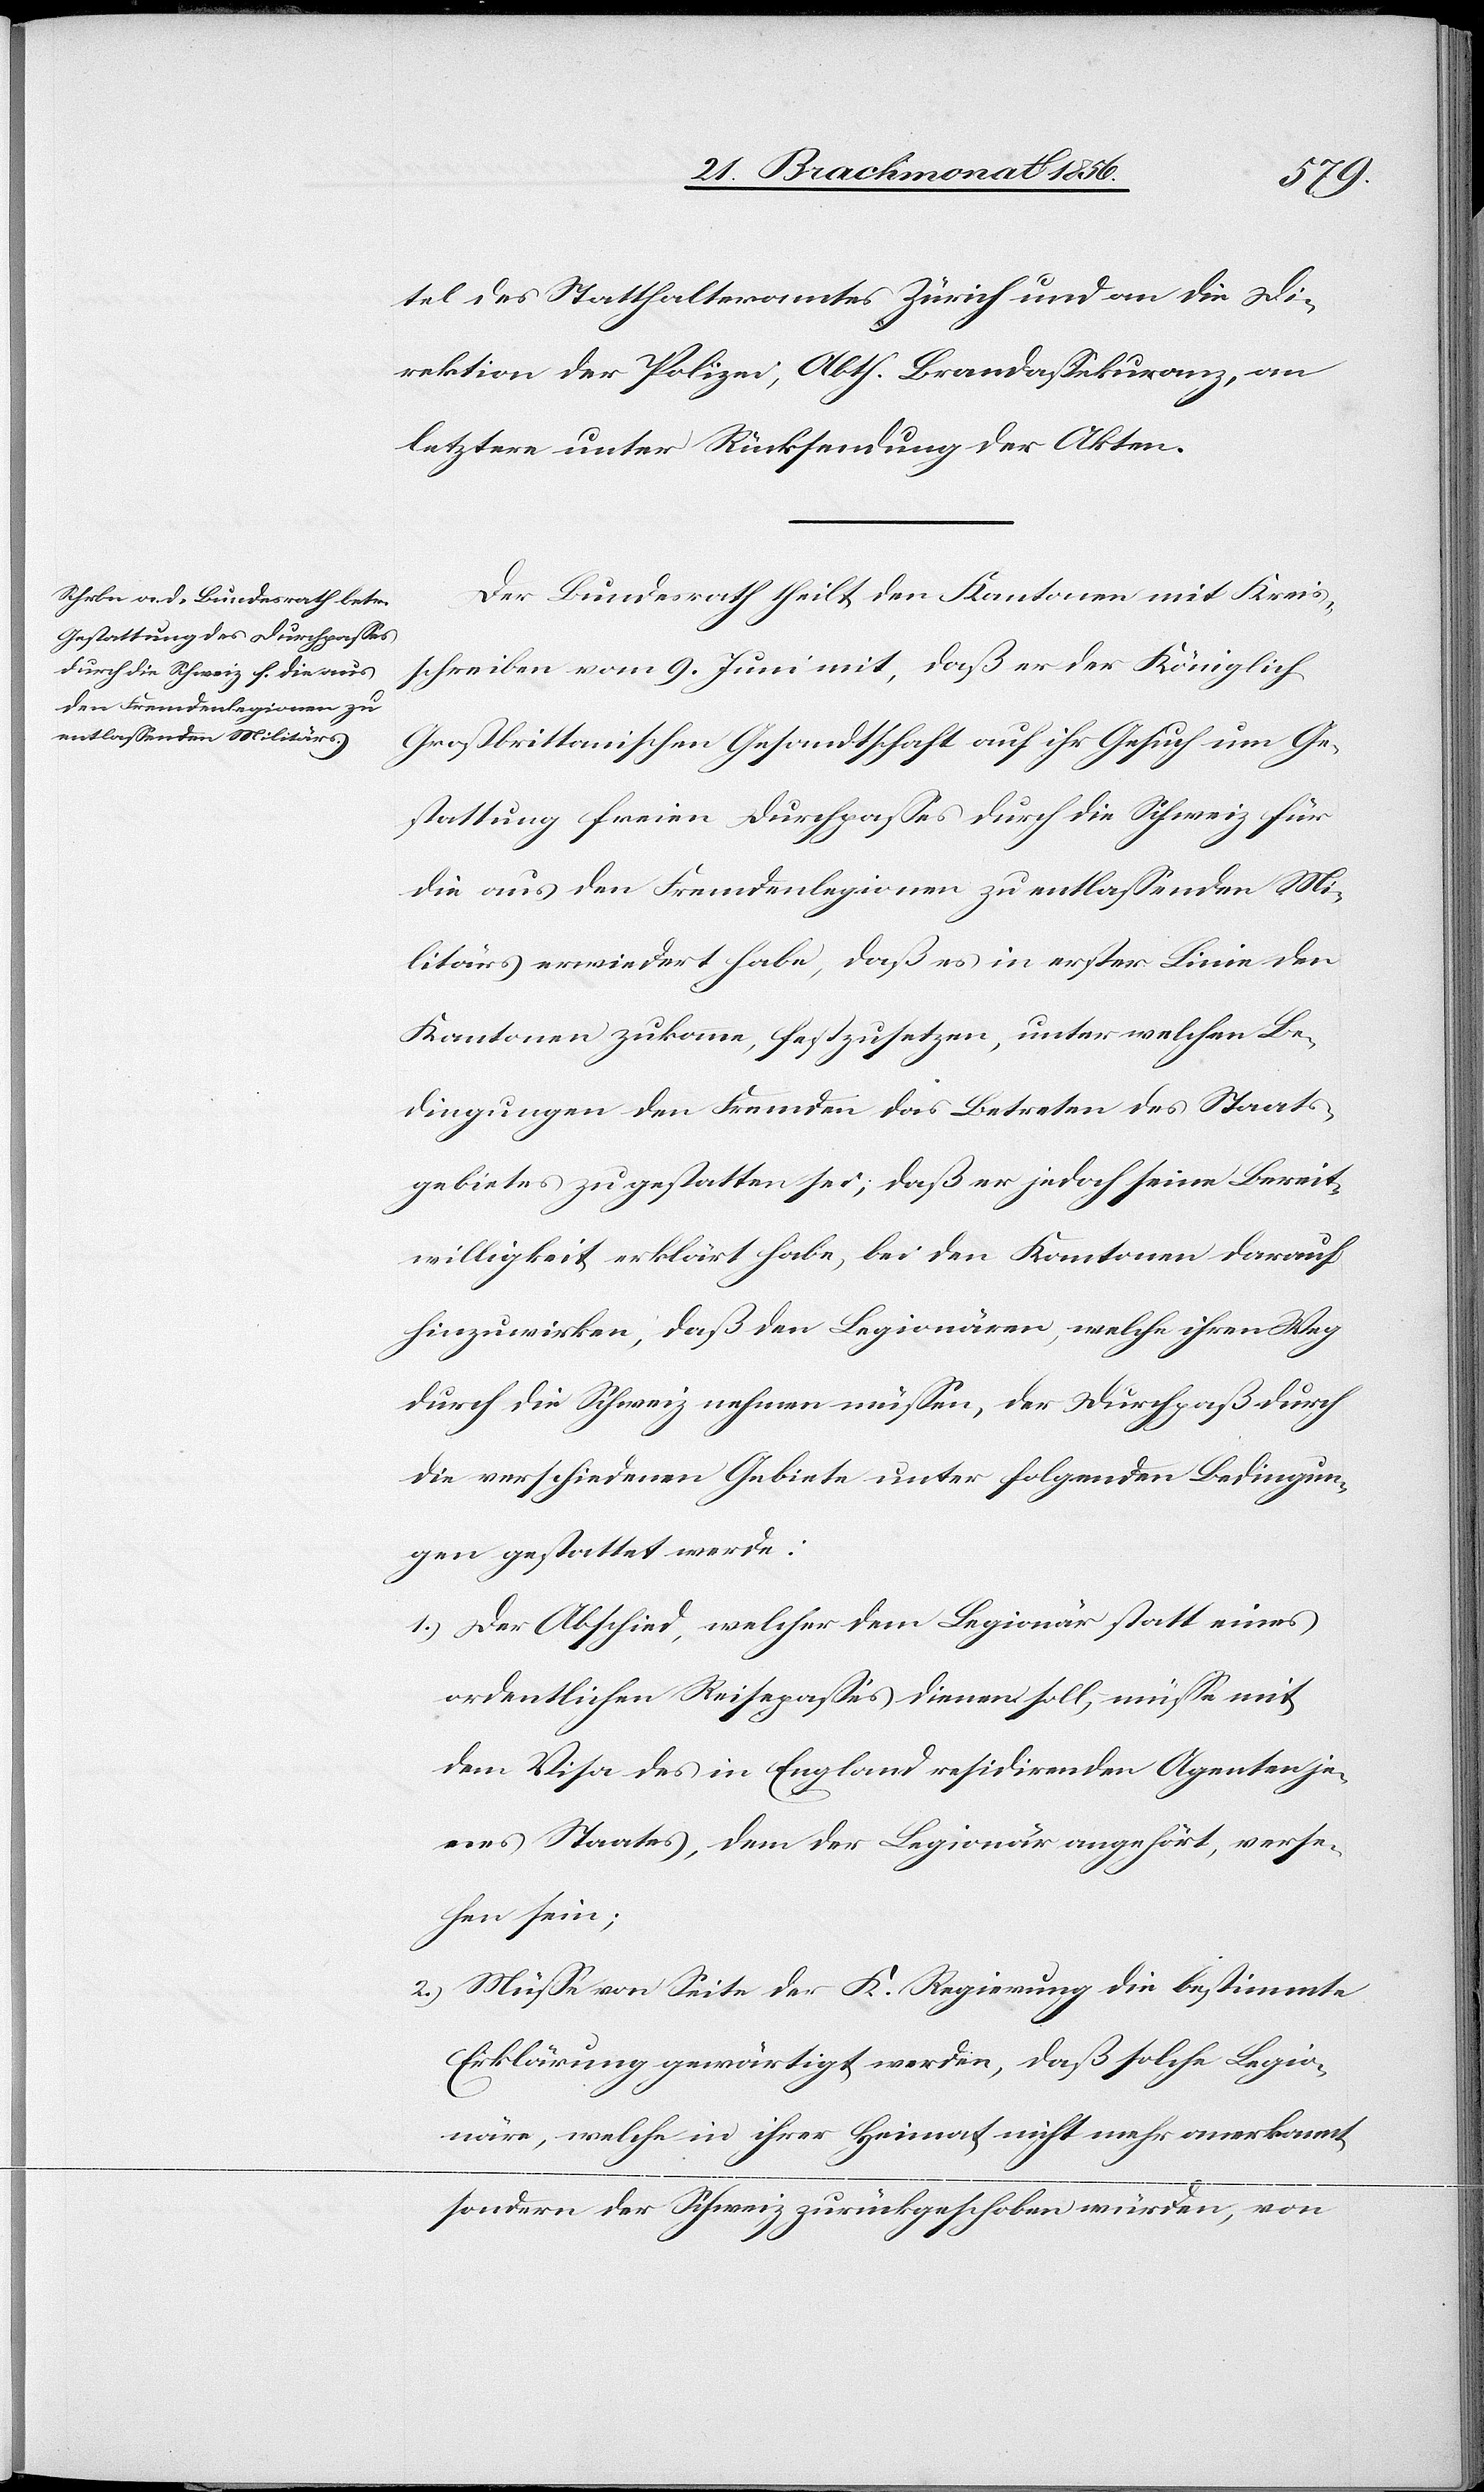
tel des Statthalteramtes Zürich und an die Di¬
rektion der Polizei, Abth. Brandassekuranz, an
letztere unter Rücksendung der Akten.
Der Bundesrath theilt den Kantonen mit Kreis¬
schreiben vom 9. Juni mit, daß er der Königlich
Großbrittanischen Gesandtschaft auf ihr Gesuch um Ge¬
stattung freien Durchpasses durch die Schweiz für
die aus den Fremdenlegionen zu entlassenden Mi¬
litärs erwiedert habe, daß es in erster Linie den
Kantonen zukomme, festzusetzen, unter welchen Be¬
dingungen den Fremden das Betreten des Staats¬
gebietes zu gestatten sei; daß er jedoch seine Bereit¬
willigkeit erklärt habe, bei den Kantonen darauf
hinzuwirken, daß den Legionären, welche ihren Weg
durch die Schweiz nehmen müssen, der Durchpaß durch
die verschiedenen Gebiete unter folgenden Bedingun¬
gen gestattet werde.
1.) Der Abschied, welcher dem Legionäre statt eines
ordentlichen Reisepasses dienen soll, müsse mit
dem Visa des in England residirenden Agenten je¬
nes Staates, dem der Legionär angehört, verse¬
hen sein;
2.) Müsse von Seite der K. Regierung die bestimmte
Erklärung gewärtigt werden, daß solche Legio¬
näre, welche in ihrer Heimat nicht mehr anerkannt
sondern der Schweiz zurückgeschoben würden, von